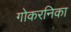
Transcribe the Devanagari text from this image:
गोकरनिका